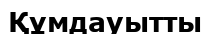
Құмдауытты